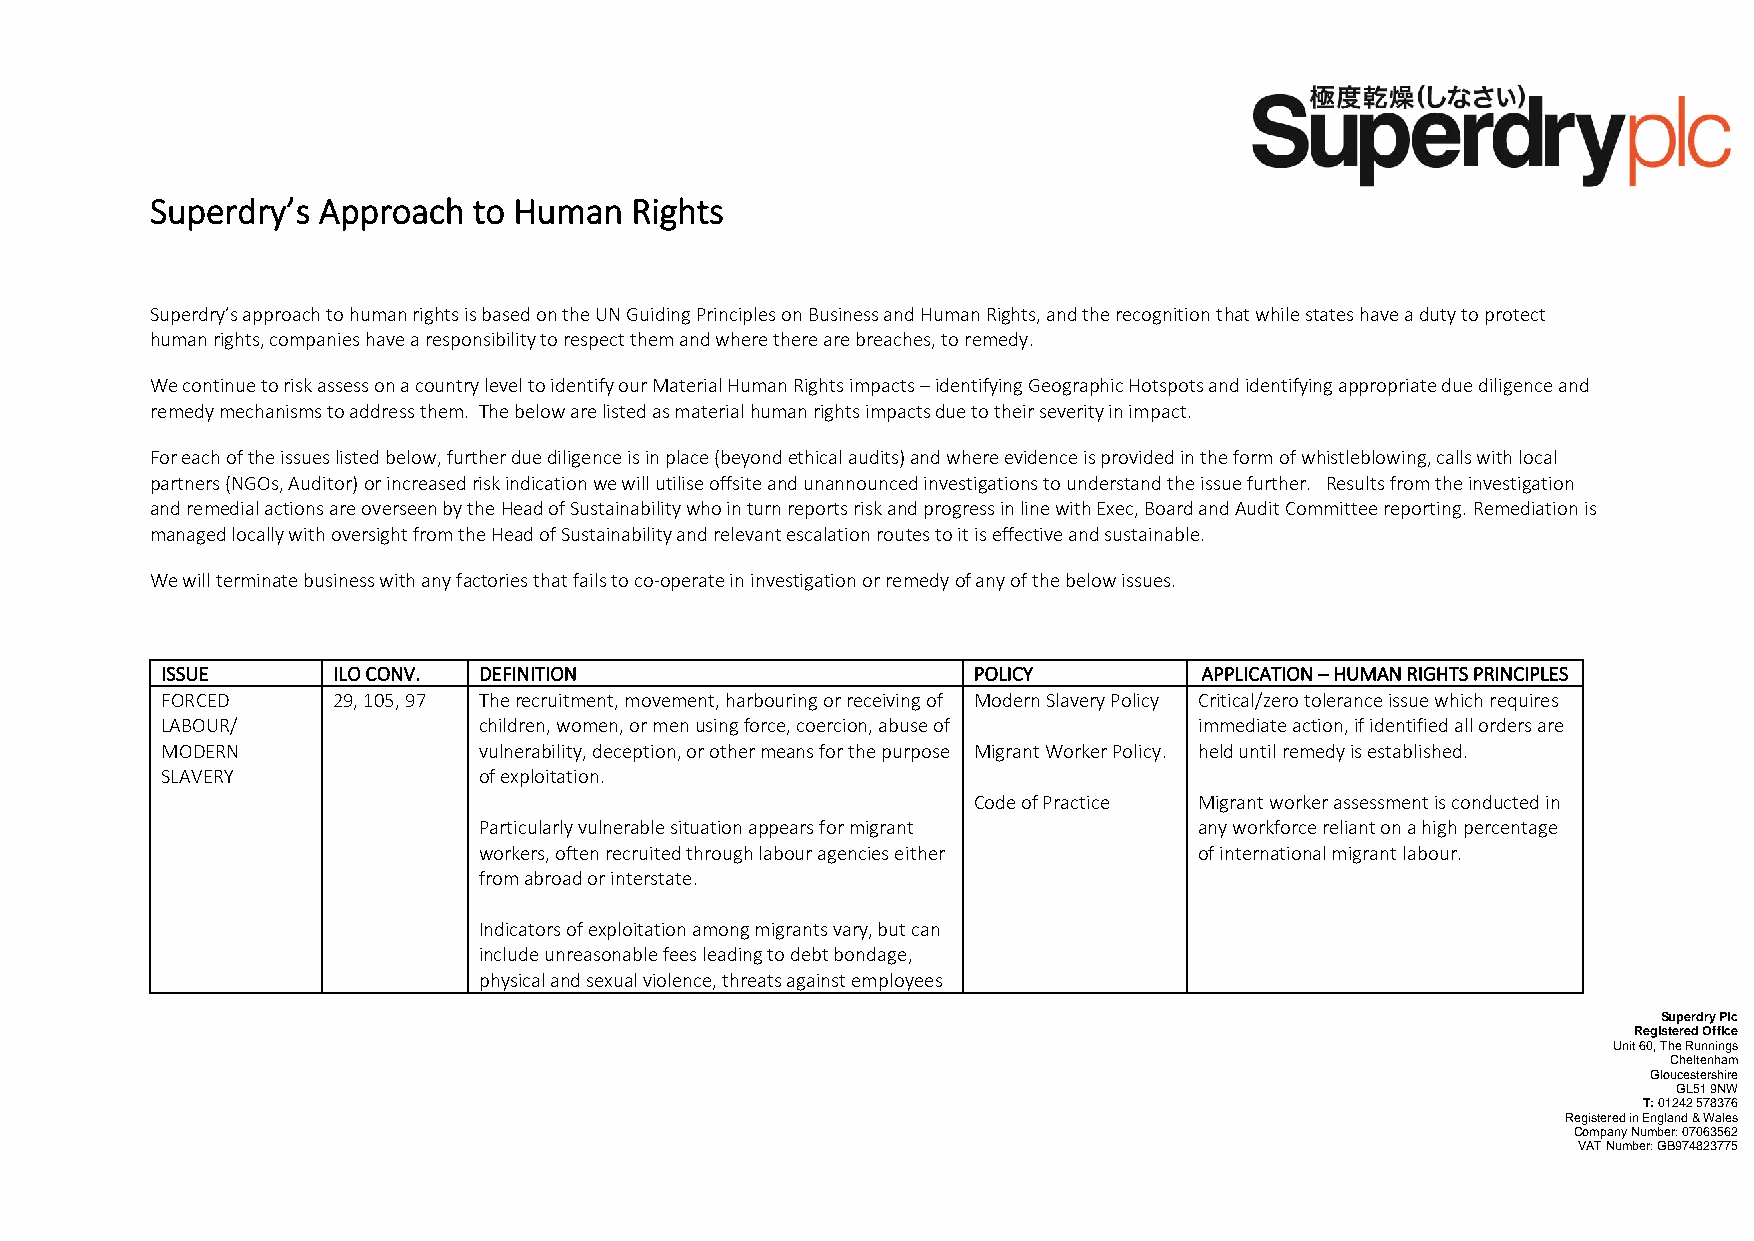
Superdry’s Approach  to Human   Rights
 Superdry’s approach to human rights is based on the UN Guiding Principles on Business and Human Rights, and the recognition that while states have a duty to protect
 human rights, companies have a responsibility to respect them and where there are breaches, to remedy.
 We continue to risk assess on a country level to identify our Material Human Rights impacts – identifying Geographic Hotspots and identifying appropriate due diligence and
 remedy mechanisms to address them. The below are listed as material human rights impacts due to their severity in impact.
 For each of the issues listed below, further due diligence is in place (beyond ethical audits) and where evidence is provided in the form of whistleblowing, calls with local
 partners (NGOs, Auditor) or increased risk indication we will utilise offsite and unannounced investigations to understand the issue further. Results from the investigation
 and remedial actions are overseen by the Head of Sustainability who in turn reports risk and progress in line with Exec, Board and Audit Committee reporting. Remediation is
 managed locally with oversight from the Head of Sustainability and relevant escalation routes to it is effective and sustainable.
 We will terminate business with any factories that fails to co-operate in investigation or remedy of any of the below issues.
 ISSUE      ILO CONV. DEFINITION                      POLICY          APPLICATION – HUMAN RIGHTS PRINCIPLES
 FORCED     29, 105, 97 The recruitment, movement, harbouring or receiving of Modern Slavery Policy Critical/zero tolerance issue which requires
 LABOUR/              children, women, or men using force, coercion, abuse of immediate action, if identified all orders are
 MODERN               vulnerability, deception, or other means for the purpose Migrant Worker Policy. held until remedy is established.
 SLAVERY              of exploitation.
 Code of Practice Migrant worker assessment is conducted in
 Particularly vulnerable situation appears for migrant any workforce reliant on a high percentage
 workers, often recruited through labour agencies either of international migrant labour.
 from abroad or interstate.
 Indicators of exploitation among migrants vary, but can
 include unreasonable fees leading to debt bondage,
 physical and sexual violence, threats against employees
 Superdry Plc
 Registered Office
 Unit 60, The Runnings
 Cheltenham
 Gloucestershire
 GL51 9NW
 T: 01242 578376
 Registered in England & Wales
 Company Number: 07063562
 VAT Number: GB974823775